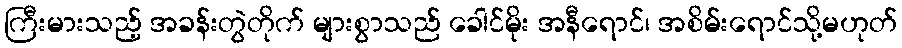
ကြီးမားသည့် အခန်းတွဲတိုက် များစွာသည် ခေါင်မိုး အနီရောင်၊ အစိမ်းရောင်သို့မဟုတ်